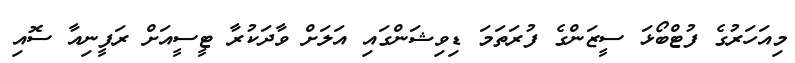
މިއަހަރުގެ ފުޓްބޯޅަ ސީޒަންގެ ފުރަތަމަ ޑިވިޝަންގައި އަލަށް ވާދަކުރާ ޓީސީއަށް ރަފީނިއާ ސޮއި